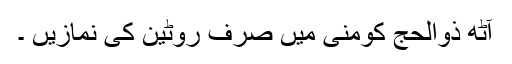
آٹھ ذوالحج کومنیٰ میں صرف روٹین کی نمازیں ۔